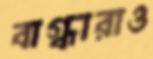
বাগ্ধারাও